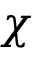
\chi